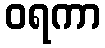
ဝရကာ